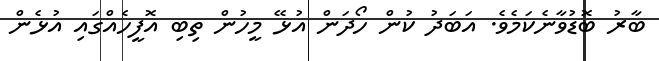
ބާރު ބޮޑުވާނެކަމެވެ. އަބަދު ކުން ހޯދަން އުޅޭ މީހުން ތިބި އޮފީހެއްގައި އުޅެން